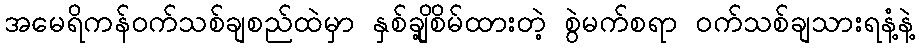
အမေရိကန်ဝက်သစ်ချစည်ထဲမှာ နှစ်ချို့စိမ်ထားတဲ့ စွဲမက်စရာ ဝက်သစ်ချသားရနံ့နဲ့